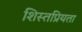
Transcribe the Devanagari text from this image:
शिस्तप्रियता